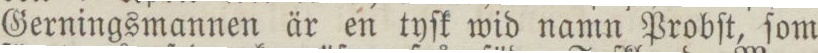
Gerningsmannen är en tyſk wid namn Probſt, ſom